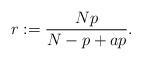
LaTeX: \begin{align*}r := \frac{Np}{N-p+ap}.\end{align*}